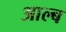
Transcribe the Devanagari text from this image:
आल्ब